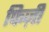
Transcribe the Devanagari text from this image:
फिज़ी